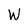
Character: W